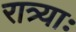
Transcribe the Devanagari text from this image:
रात्र्याः